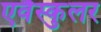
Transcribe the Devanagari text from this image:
एवैस्कुलर